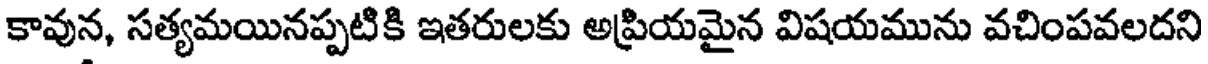
కావున, సత్యమయినప్పటికి ఇతరులకు అప్రియమైన విషయమును వచింపవలదని